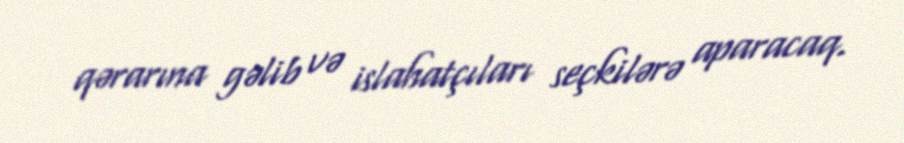
qərarına gəlib və islahatçıları seçkilərə aparacaq.